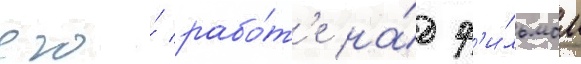
его́ рабо́т'е на́д ф'и́льмом